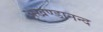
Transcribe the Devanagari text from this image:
अखण्डानन्द